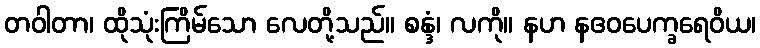
တဝါတာ၊ ထိုသုံးကြိမ်သော လေတို့သည်။ စန္ဒံ၊ လကို။ နဟ နဧဝပေက္ခရေဝိယ၊